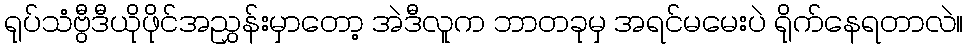
ရုပ်သံဗွီဒီယိုဖိုင်အညွှန်းမှာတော့ အဲဒီလူက ဘာတခုမှ အရင်မမေးပဲ ရိုက်နေရတာလဲ။